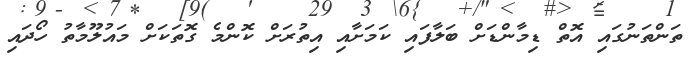
ތަންތަނުގައި އޮތް ޑިމާންޑަށް ބަލާފައި ކަމަށާއި އިތުރަށް ކޮންމެ ގޮތަކަށް މައުލޫމާތު ހޯދައި